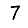
Digit: 7